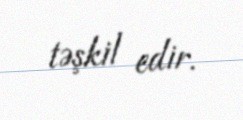
təşkil edir.